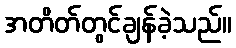
အတိတ်တွင်ချန်ခဲ့သည်။